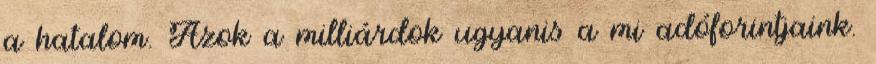
a hatalom. Azok a milliárdok ugyanis a mi adóforintjaink.